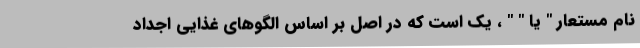
نام مستعار " یا " " ، یک است که در اصل بر اساس الگوهای غذایی اجداد